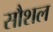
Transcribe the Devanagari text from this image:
सौशल